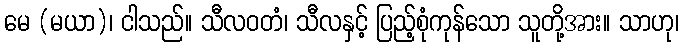
မေ (မယာ)၊ ငါသည်။ သီလဝတံ၊ သီလနှင့် ပြည့်စုံကုန်သော သူတို့အား။ သာဟု၊